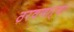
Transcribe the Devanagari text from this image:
ठरवणाऱ्या